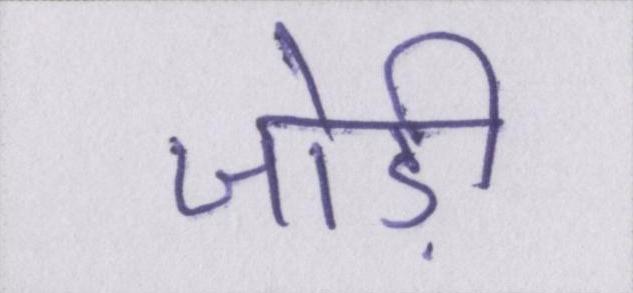
जोड़ी